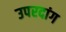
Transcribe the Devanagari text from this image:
उपरदांग